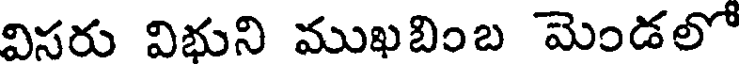
విసరు విభుని ముఖబింబ మెండలో